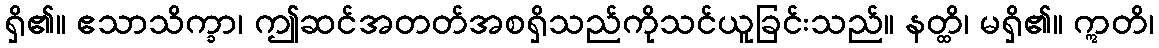
ရှိ၏။ ဧသာသိက္ခာ၊ ဤဆင်အတတ်အစရှိသည်ကိုသင်ယူခြင်းသည်။ နတ္ထိ၊ မရှိ၏။ ဣတိ၊